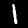
Label: 1